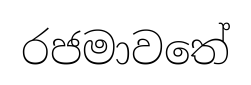
රජමාවතේ